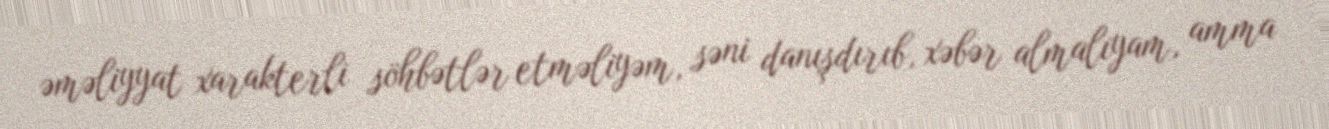
əməliyyat xarakterli söhbətlər etməliyəm, səni danışdırıb, xəbər almalıyam, amma